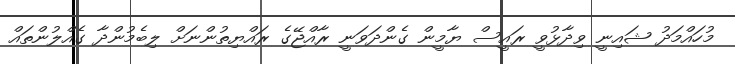
މުހައްމަދު ޝައިނީ ވިދާޅުވީ ރައީސް ޔާމީން ގެންދަވަނީ ރާއްޖޭގެ ރައްޔިތުންނަށް ލިބެމުންދާ ގެއްލުންތައް